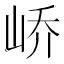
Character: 峤